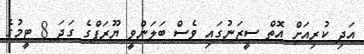
އަދި ކުރިއަށް އޮތް ސީޒަނުގައި ވެސް ބަލަންވީ ޔޫރަޕްގެ ގަދަ 8 ޓީމުގެ